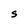
Character: S